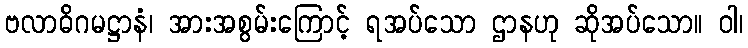
ဗလာဓိဂမဋ္ဌာနံ၊ အားအစွမ်းကြောင့် ရအပ်သော ဌာနဟု ဆိုအပ်သော။ ဝါ၊